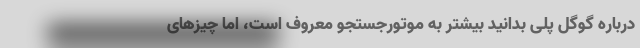
درباره گوگل ‌پلی بدانید بیشتر به موتورجستجو معروف است، اما چیزهای